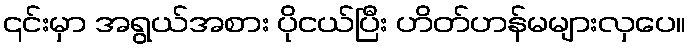
၎င်းမှာ အရွယ်အစား ပိုငယ်ပြီး ဟိတ်ဟန်မများလှပေ။